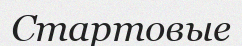
Стартовые